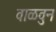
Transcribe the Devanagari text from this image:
वाळवुन